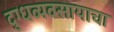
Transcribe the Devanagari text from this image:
दुग्धव्यवसायाचा